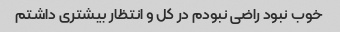
خوب نبود راضی نبودم در کل و انتظار بیشتری داشتم